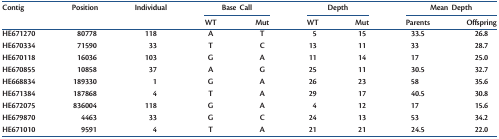
<table><thead><tr><td><b>Contig</b></td><td><b>Position</b></td><td><b>Individual</b></td><td colspan="2"><b>Base Call</b></td><td colspan="2"><b>Depth</b></td><td colspan="2"><b>Mean Depth</b></td></tr><tr><td></td><td></td><td></td><td><b>WT</b></td><td><b>Mut</b></td><td><b>WT</b></td><td><b>Mut</b></td><td><b>Parents</b></td><td><b>Offspring</b></td></tr></thead><tbody><tr><td>HE671270</td><td>80778</td><td>118</td><td>A</td><td>T</td><td>5</td><td>15</td><td>33.5</td><td>26.8</td></tr><tr><td>HE670334</td><td>71590</td><td>33</td><td>T</td><td>C</td><td>13</td><td>11</td><td>33</td><td>28.7</td></tr><tr><td>HE670118</td><td>16036</td><td>103</td><td>G</td><td>A</td><td>11</td><td>14</td><td>17</td><td>25.0</td></tr><tr><td>HE670855</td><td>10858</td><td>37</td><td>A</td><td>G</td><td>25</td><td>11</td><td>30.5</td><td>32.7</td></tr><tr><td>HE668834</td><td>189330</td><td>1</td><td>G</td><td>A</td><td>26</td><td>23</td><td>58</td><td>35.6</td></tr><tr><td>HE671384</td><td>187868</td><td>4</td><td>T</td><td>A</td><td>29</td><td>17</td><td>40.5</td><td>30.8</td></tr><tr><td>HE672075</td><td>836004</td><td>118</td><td>G</td><td>A</td><td>4</td><td>12</td><td>17</td><td>15.6</td></tr><tr><td>HE679870</td><td>4463</td><td>33</td><td>G</td><td>C</td><td>24</td><td>13</td><td>53</td><td>34.2</td></tr><tr><td>HE671010</td><td>9591</td><td>4</td><td>T</td><td>A</td><td>21</td><td>21</td><td>24.5</td><td>22.0</td></tr></tbody></table>